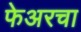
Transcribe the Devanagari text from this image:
फेअरचा